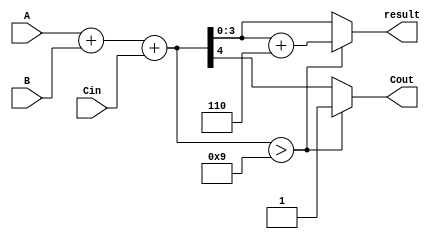
module bcd_hybrid_adder (
    input [3:0] A,          // First BCD digit
    input [3:0] B,          // Second BCD digit
    input Cin,              // Carry-in
    output reg [3:0] result, // BCD result
    output reg Cout         // Carry-out
);

    wire [4:0] sum;        // 5-bit sum to hold possible carry
    wire need_correction;   // Flag to indicate whether correction is needed

    // Compute the binary sum of A, B, and Cin
    assign sum = A + B + Cin;

    // Determine if correction is needed
    // Correction needed if sum > 9 (i.e., sum[3:0] > 1001) or if there is a carry-out
    assign need_correction = (sum > 9);

    always @(*) begin
        if (need_correction) begin
            // Add 6 to the sum if correction is needed
            result = sum[3:0] + 4'b0110;
            Cout = 1; // Set carry-out if correction occurs
        end else begin
            result = sum[3:0]; // No correction needed
            Cout = sum[4];     // Carry-out from the binary addition
        end
    end
endmodule